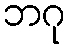
ဘဂု